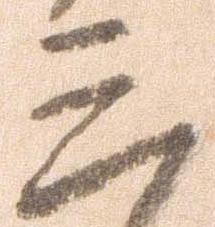
三